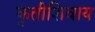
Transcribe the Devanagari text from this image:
कृतीशिवाय